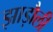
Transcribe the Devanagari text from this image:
झाड़ौली